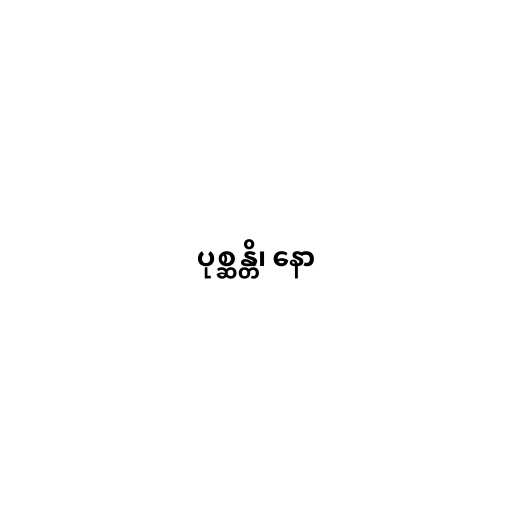
ပုစ္ဆန္တိ၊ နော